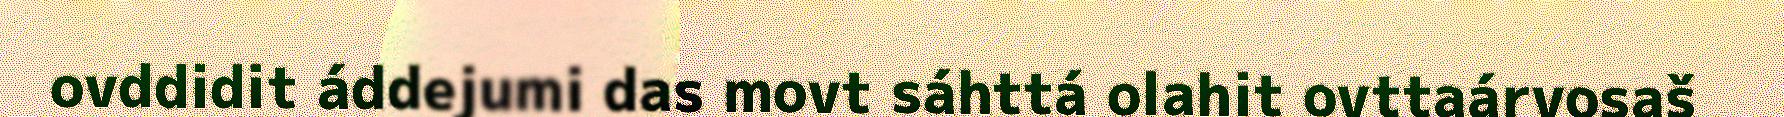
ovddidit áddejumi das movt sáhttá olahit ovttaárvosaš